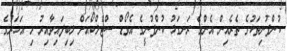
ކުންފުނިތަކުގެ ތެރެއިން އެންމެ ރަނގަޅު ކުންފުނީގެ އެވޯޑް ސްޓެލްކޯއަށް ލިބިފައިވާއިރު މި އަހަރުގެ